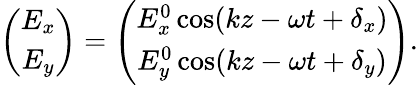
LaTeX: \begin{array}{r}{\left(\begin{array}{c}{E_{x}}\\ {E_{y}}\end{array}\right)=\left(\begin{array}{c}{E_{x}^{0}\cos(kz-\omega t+\delta_{x})}\\ {E_{y}^{0}\cos(kz-\omega t+\delta_{y})}\end{array}\right).}\end{array}